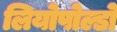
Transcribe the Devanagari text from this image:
लियोपोल्डो